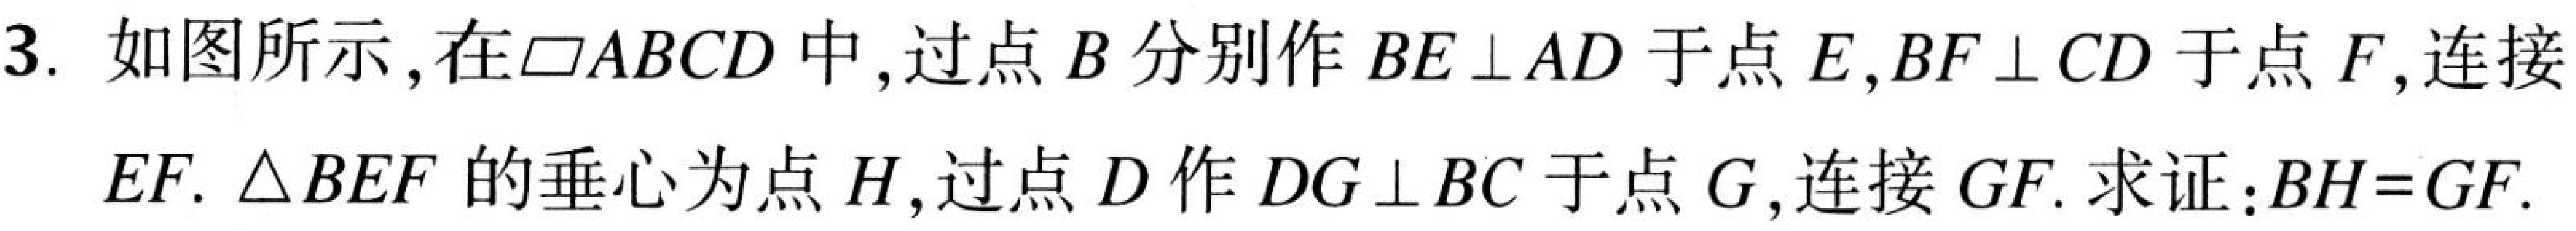
3. 如图所示，在$\square ABCD$中，过点$B$分别作$BE\perp AD$于点$E$，$BF\perp CD$于点$F$，连接
$EF$. $\triangle BEF$的垂心为点$H$，过点$D$作$DG\perp BC$于点$G$，连接$GF$. 求证：$BH = GF$.